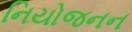
નિયોજનન